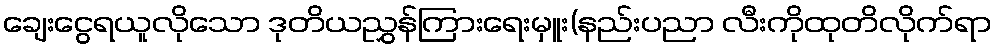
ချေးငွေရယူလိုသော ဒုတိယညွှန်ကြားရေးမှူး(နည်းပညာ လီးကိုထုတိလိုက်ရာ